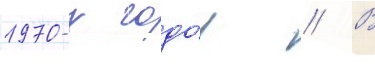
1970-х годо́в // В